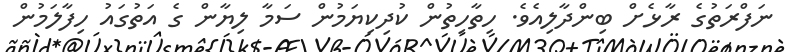
ނަފްރަތުގެ ރާޅެށް ބިންދާލިއެވެ. ހިތާހިތުން ކުދިކިޔަމުން ސަމާ ލިޔާން ގެ އަތުގައު ހިފާލަމުން